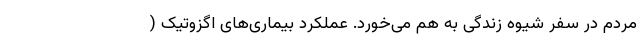
مردم در سفر شیوه زندگی به هم می‌خورد. عملکرد بیماری‌های اگزوتیک (